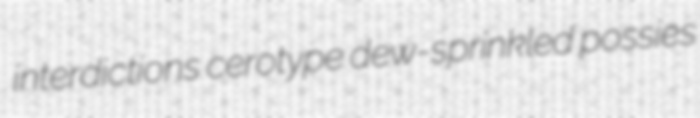
interdictions cerotype dew-sprinkled possies